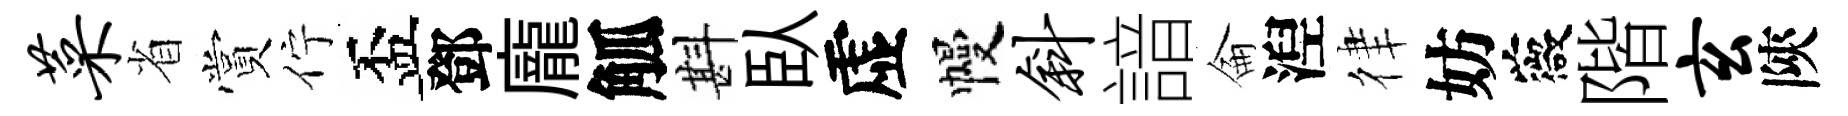
菜省賞佇盃鄧龐觚斟臥虚幔斜諳侖湼律妨薇階玄陝